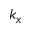
k _ { x }